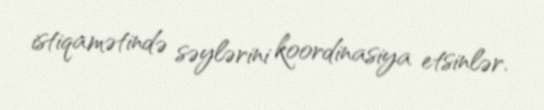
istiqamətində səylərini koordinasiya etsinlər.